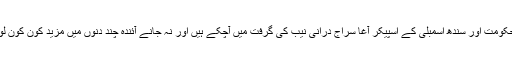
یہ اور بات ہے کہ سندھ کی حکومت اور سندھ اسمبلی کے اسپیکر آغا سراج درانی نیب کی گرفت میں آچکے ہیں اور نہ جانے آئندہ چند دنوں میں مزید کون کون لوگ نیب کے مہمان بنتے ہیں۔